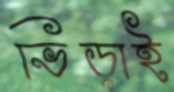
ভিড়াই